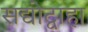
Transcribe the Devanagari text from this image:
सद्योद्वाहा